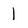
Character: l